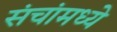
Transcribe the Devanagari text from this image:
संचांमध्ये